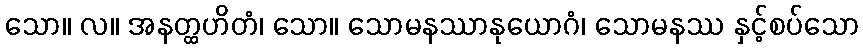
သော။ လ။ အနတ္ထဟိတံ၊ သော။ သောမနဿာနုယောဂံ၊ သောမနဿ နှင့်စပ်သော